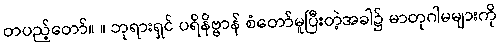
တပည့်တော်။ ။ ဘုရားရှင် ပရိနိဗ္ဗာန် စံတော်မူပြီးတဲ့အခါ၌ မာတုဂါမများကို